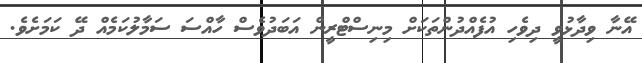
އޭނާ ވިދާޅުވީ ދިވެހި އުފެއްދުންތަކަށް މިނިސްޓްރީން އަބަދުވެސް ހާއްސަ ސަމާލުކަމެއް ދޭ ކަމަށެވެ.